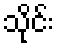
သိုင်း